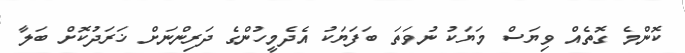
ކޮންމެ ގޮތެއް ވިޔަސް މަޔަކު ނުވަތަ ބަފަޔަކު އެދެމީހުންގެ ދަރިންނަށް ޚަރަދުކޮށް ބަލާ